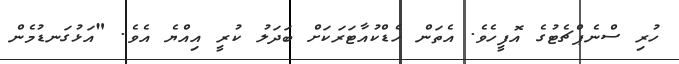
ހުރި ސްނެޕްޗެޓުގެ އޮފީހެވެ. އެތަން ހެޑްކުއާޓަރަކަށް ބަދަލު ކުރީ އިއްޔެ އެވެ. "އަޅުގަނޑުމެން